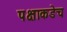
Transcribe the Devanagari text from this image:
पक्षाकडेच